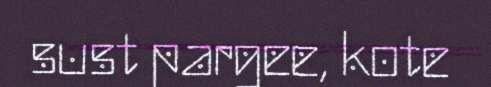
sust pargee, kote